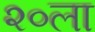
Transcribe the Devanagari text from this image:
२०ला